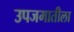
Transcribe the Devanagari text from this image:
उपजमातीला